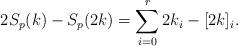
LaTeX: \begin{align*}2S_p(k)-S_p(2k) = \sum_{i=0}^r 2k_i-[2k]_i.\end{align*}